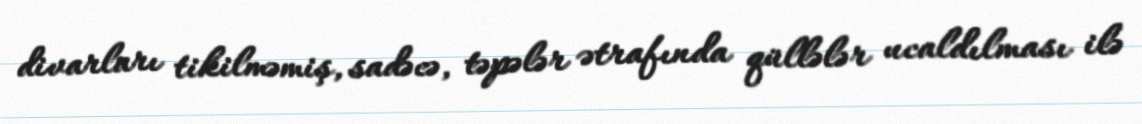
divarları tikilməmiş, sadəcə, təpələr ətrafında qüllələr ucaldılması ilə